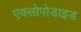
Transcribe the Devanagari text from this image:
एक्सोपोडाइड